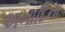
અનાદિના